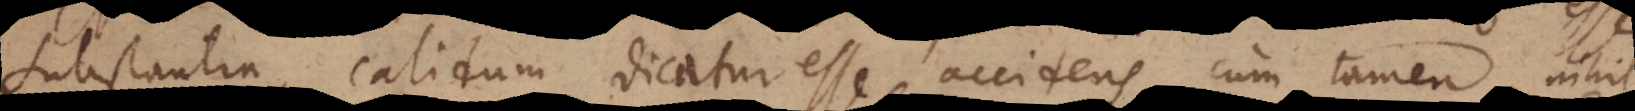
Substantia, calidum dicatur esse accidens, cum tamen nihil